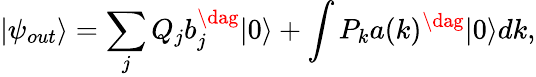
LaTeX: |{\psi_{out}}\rangle=\sum_{{j}}^{}{{Q_{{j}}}b_{{j}}^{\dag}|0\rangle}+\int{{P_{{k}}}a(k)^{\dag}|0\rangle dk},